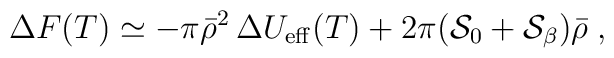
{\Delta}F(T) \simeq -\pi {\bar \rho}^2 \, \Delta U_{\rm eff}(T)+2\pi ({\cal S}_0+{\cal S}_{\beta})  \bar{\rho} \;,